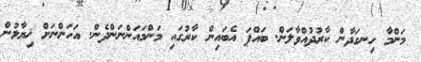
މަންމާ ހިނގަދާން ކާރުދުއްވާލަން. ބައްޕަ އެބައިން ކާރުގައި މަންމައަންނަންދެން. އަހަންނަށް ޚިޔާލުން